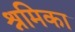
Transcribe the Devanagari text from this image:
श्रमिका